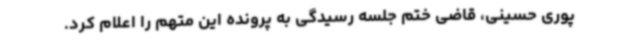
پوری حسینی، قاضی ختم جلسه رسیدگی به پرونده این متهم را اعلام کرد.